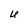
Character: U